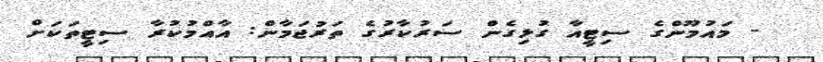
- މައުމޫންގެ ސިޓީއާ ގުޅިގެން ސަރުކާރުގެ ތަރުޖަމާން: އާއްމުކުރާ ސިޓީތަކަށް